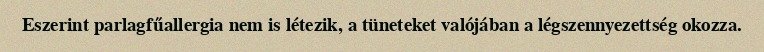
Eszerint parlagfűallergia nem is létezik, a tüneteket valójában a légszennyezettség okozza.